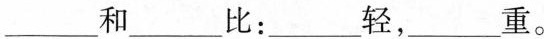
___和____比：___轻，___重。